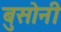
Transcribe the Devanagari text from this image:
बुसोनी